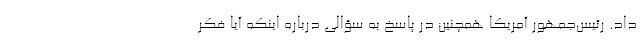
داد. رئیس‌جمهور آمریکا همچنین در پاسخ به سؤالی درباره اینکه آیا فکر